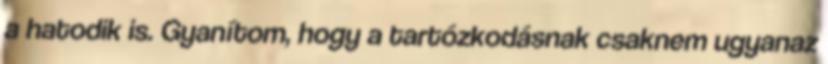
a hatodik is. Gyanítom, hogy a tartózkodásnak csaknem ugyanaz